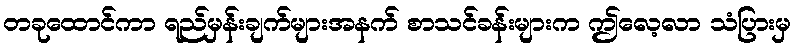
တခုထောင်ကာ ရည်မှန်းချက်များအနက် စာသင်ခန်းများက ဤလေ့လာ သံပြားမှ